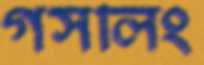
গসলিং